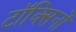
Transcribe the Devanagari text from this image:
टॉक्सिनों